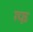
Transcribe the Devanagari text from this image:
ग्फ